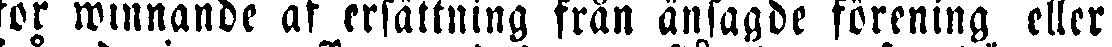
för winnande af ersättning från änsagde förening eller